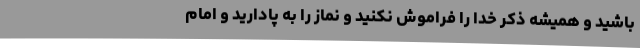
باشید و همیشه ذکر خدا را فراموش نکنید و نماز را به پادارید و امام